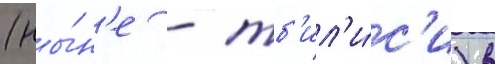
(ны́н'е - тб'ил'и́с'и) в